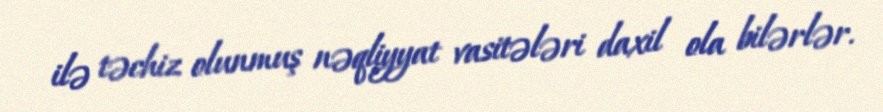
ilə təchiz olunmuş nəqliyyat vasitələri daxil ola bilərlər.